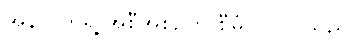
အနာဂတ်ရဲ့ အစီအစဉ်ကို စီမံ ပြုလုပ်သည်။